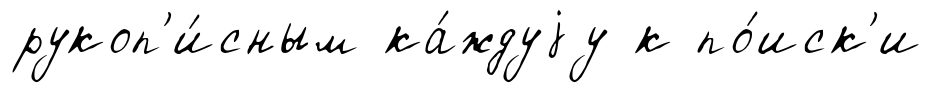
рукоп'и́сным ка́ждуjу к по́иск'и